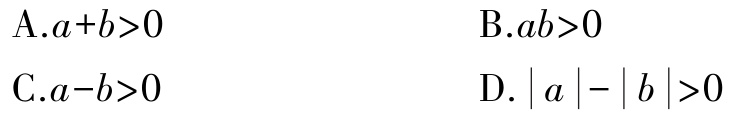
A.$a + b>0$

B.$ab>0$

C.$a - b>0$

D.$\vert a\vert-\vert b\vert>0$